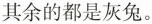
其余的都是灰兔。